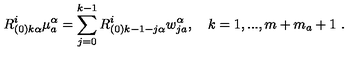
R _ { ( 0 ) k \alpha } ^ { i } \mu _ { a } ^ { \alpha } = \sum _ { j = 0 } ^ { k - 1 } R _ { ( 0 ) k - 1 - j \alpha } ^ { i } w _ { j a } ^ { \alpha } , \quad k = 1 , . . . , m + m _ { a } + 1 \ .